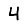
Digit: 4